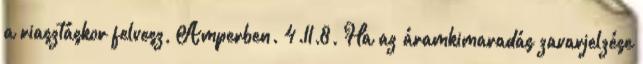
a riasztáskor felvesz, Amperben. 4.11.8. Ha az áramkimaradás zavarjelzése